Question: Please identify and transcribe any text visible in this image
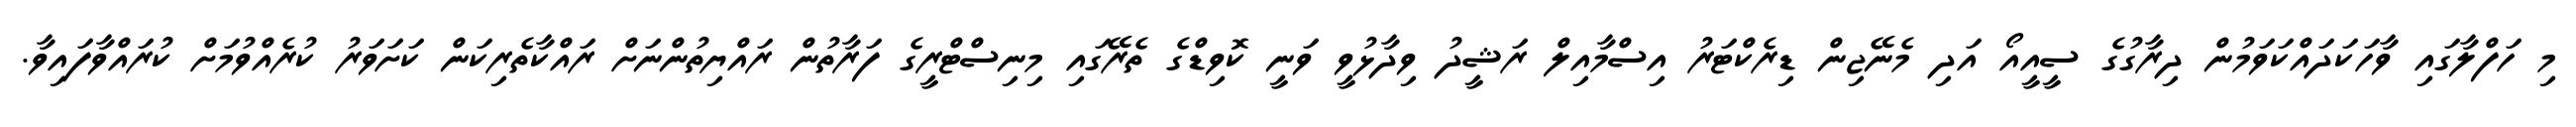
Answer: މި ހަފްލާގައި ވާހަކަދައްކަވަމުން ދިރާގުގެ ސީއީއޯ އަދި މެނޭޖިން ޑިރެކްޓަރު އިސްމާއިލް ރަޝީދު ވިދާޅުވީ ވަނީ ކޮވިޑްގެ ތެރޭގައި މިނިސްޓްރީގެ ފަރާތުން ރައްޔިތުންނަށް ރައްކާތެރިކަން ކަށަވަރު ކުރެއްވުމަށް ކުރައްވާފައިވާ.